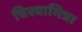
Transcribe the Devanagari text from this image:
विश्वामित्रा